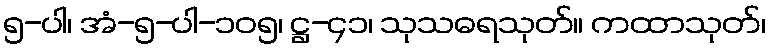
၅-ပါ၊ အံ-၅-ပါ-၁၀၅၊ ဋ္ဌ-၄၁၊ သုသဓရသုတ်။ ကထာသုတ်၊